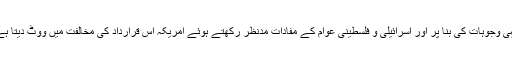
انہی وجوہات کی بنا پر اور اسرائیلی و فلسطینی عوام کے مفادات مدنظر رکھتے ہوئے امریکہ اس قرارداد کی مخالفت میں ووٹ دیتا ہے۔